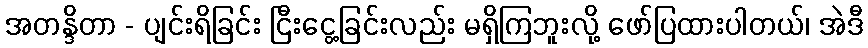
အတန္ဒိတာ - ပျင်းရိခြင်း ငြီးငွေ့ခြင်းလည်း မရှိကြဘူးလို့ ဖော်ပြထားပါတယ်၊ အဲဒီ